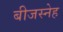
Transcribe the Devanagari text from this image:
बीजस्नेह